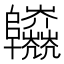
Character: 𨽱